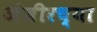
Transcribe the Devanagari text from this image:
अंजीरच्या